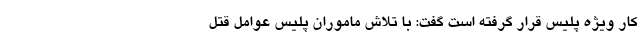
کار ویژه پلیس قرار گرفته است گفت: با تلاش ماموران پلیس عوامل قتل